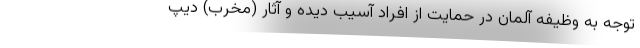
توجه به وظیفه آلمان در حمایت از افراد آسیب دیده و آثار (مخرب) دیپ